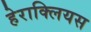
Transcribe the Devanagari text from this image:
हेराक्लियस